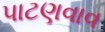
પાટણવાવ